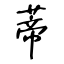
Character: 蒂